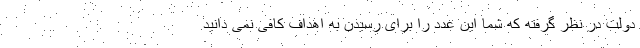
دولت در نظر گرفته که شما این عدد را برای رسیدن به اهداف کافی نمی دانید